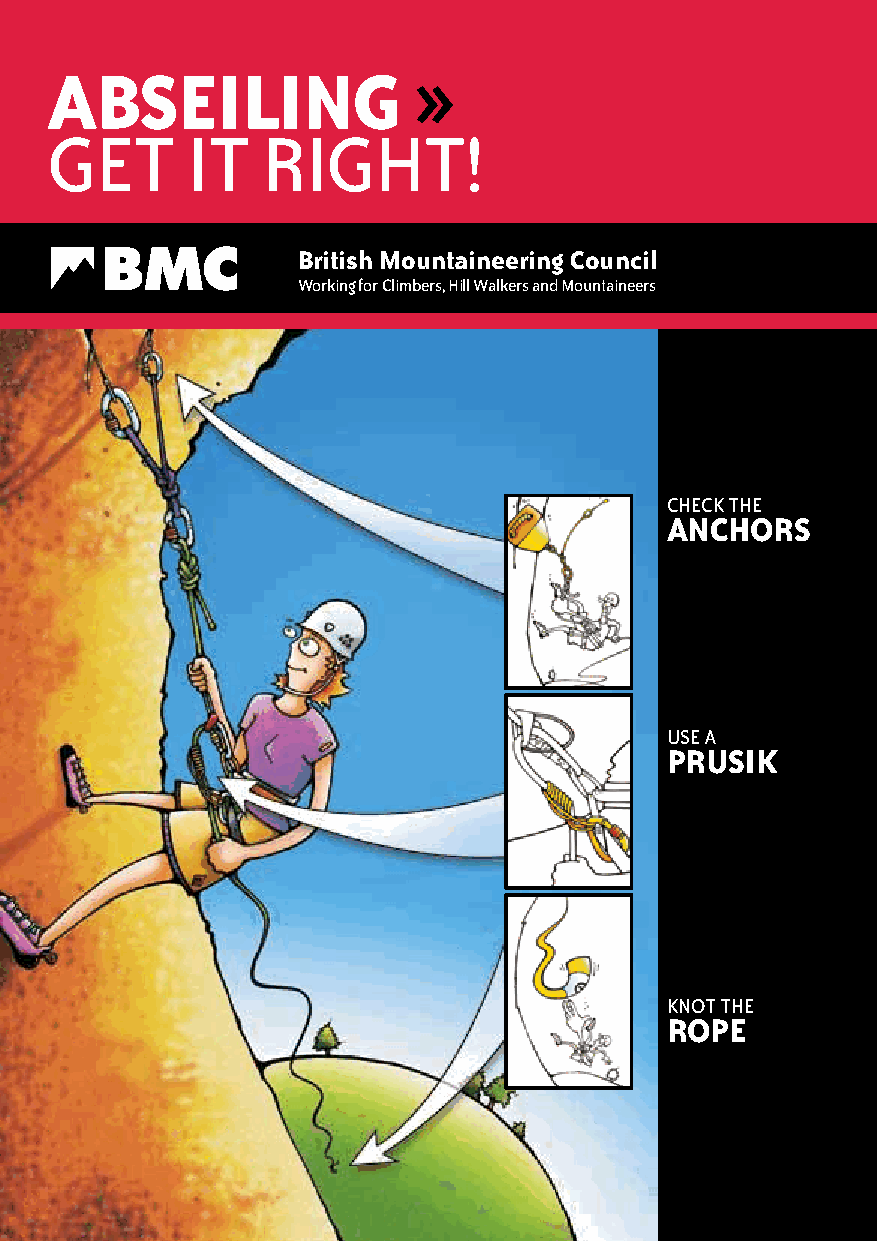
aBseiLing               »
 get      it   right!
 British Mountaineering Council
 Working for Climbers, hill Walkers and Mountaineers
 CheCk the
 anCHOrs
 uSe A
 prusiK
 knot the
 rOpe